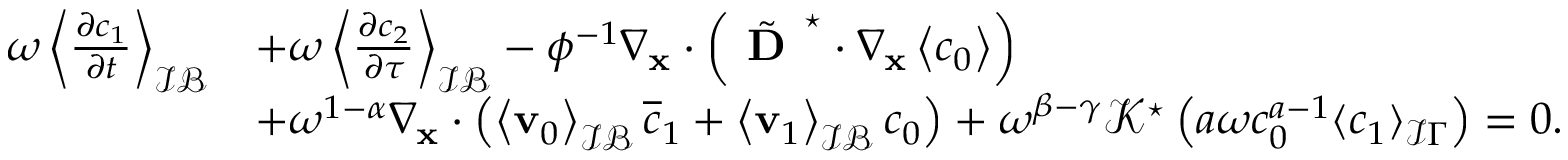
\begin{array} { r l } { \omega \left\langle \frac { \partial c _ { 1 } } { \partial t } \right\rangle _ { \mathcal { I B } } } & { + \omega \left\langle \frac { \partial c _ { 2 } } { \partial \tau } \right\rangle _ { \mathcal { I B } } - \phi ^ { - 1 } \nabla _ { \mathbf { x } } \cdot \left( \tilde { \textbf { D } } ^ { \star } \cdot \nabla _ { \mathbf x } \left\langle c _ { 0 } \right\rangle \right) } \\ & { + \omega ^ { 1 - \alpha } \nabla _ { \mathbf x } \cdot \left( \left\langle \mathbf v _ { 0 } \right\rangle _ { \mathcal { I B } } \overline { { c } } _ { 1 } + \left\langle \mathbf v _ { 1 } \right\rangle _ { \mathcal { I B } } c _ { 0 } \right) + \omega ^ { \beta - \gamma } \mathcal { K ^ { \star } } \left( a \omega c _ { 0 } ^ { a - 1 } \langle c _ { 1 } \rangle _ { \mathcal I \Gamma } \right) = 0 . } \end{array}